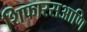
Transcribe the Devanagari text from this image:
शिफारसआणि